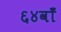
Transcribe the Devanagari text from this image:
६४वाँ